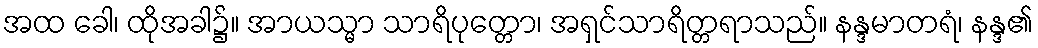
အထ ခေါ၊ ထိုအခါ၌။ အာယသ္မာ သာရိပုတ္တော၊ အရှင်သာရိတ္တရာသည်။ နန္ဒမာတရံ၊ နန္ဒ၏